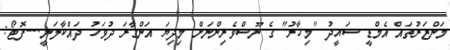
މަންޒަރުތައް އެމްޑީ ސައީދު "މިހާރު" ގެ ނޫސްވެރިންނަށް މިދިޔަ އަންގާރަ ދުވަހު ދައްކާލަނީ.---ފޮޓޯ: